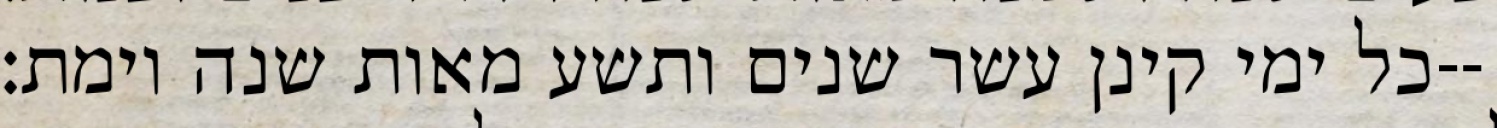
כל ימי קינן עשר שנים ותשע מאות שנה וימת׃--